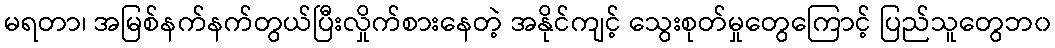
မရတာ၊ အမြစ်နက်နက်တွယ်ပြီးလှိုက်စားနေတဲ့ အနိုင်ကျင့် သွေးစုတ်မှုတွေကြောင့် ပြည်သူတွေဘ၀